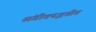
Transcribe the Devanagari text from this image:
संगीतपद्धतीत